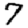
Digit: 7